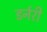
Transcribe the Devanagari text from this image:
डर्नरी